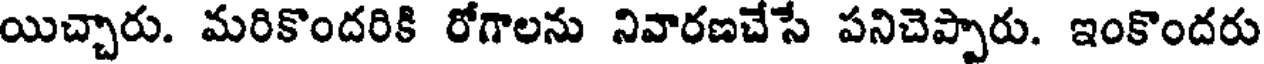
యిచ్చారు. మరికొందరికి రోగాలను నివారణచేసే పనిచెప్పారు. ఇంకొందరు